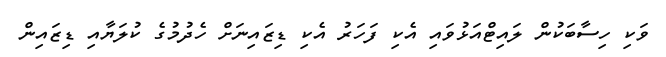
ވަކި ހިސާބަކުން ލައިޓްއަޅުވައި އެކި ފަހަރު އެކި ޑިޒައިނަށް ހެދުމުގެ ކުލަޔާއި ޑިޒައިން